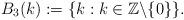
LaTeX: \begin{align*}B_3(k):=\{k:k\in \mathbb{Z}\backslash\{0\}\}.\end{align*}